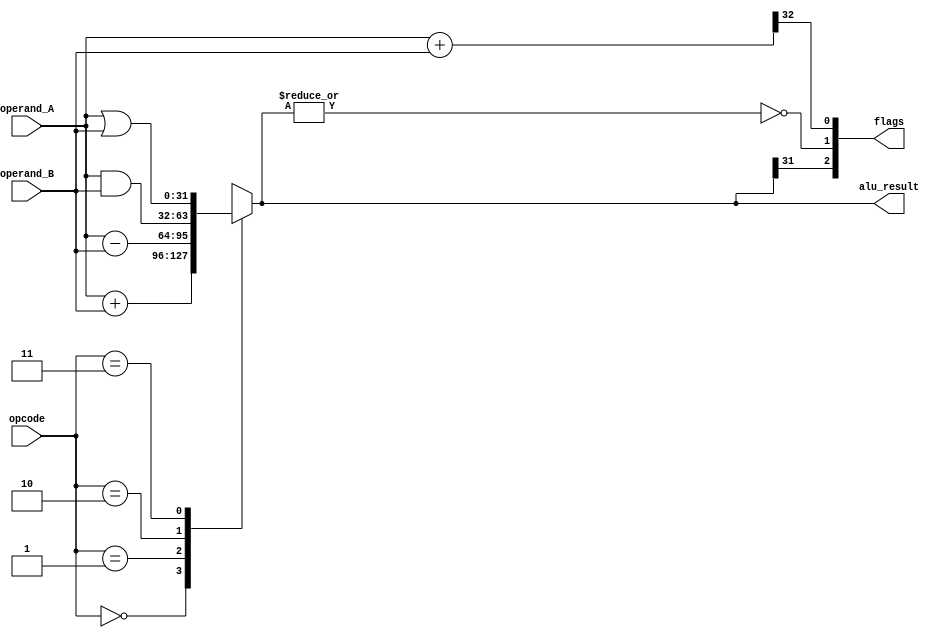
// This program was cloned from: https://github.com/FPGADude/Digital-Design
// License: GNU General Public License v3.0


module alu #(parameter W = 32)(
	input  	   [1:0]   opcode,
	input  	   [W-1:0] operand_A,
	input  	   [W-1:0] operand_B,
	output reg [W-1:0] alu_result,
	output 	   [2:0]   flags
);

	wire N, Z, C;
	wire [W:0] carry_check;
	
	always @(*) begin
		case(opcode)
			2'b00 : alu_result = operand_A + operand_B;
			2'b01 : alu_result = operand_A - operand_B;
			2'b10 : alu_result = operand_A & operand_B;
			2'b11 : alu_result = operand_A | operand_B;
		endcase
	end
	
	assign carry_check = operand_A + operand_B;
	
	assign N = alu_result[W-1];
	assign Z = ~|alu_result;
	assign C = carry_check[W];
	
	assign flags = {N, Z, C};
	
endmodule